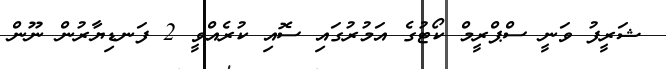
ޝަރީފު ވަނީ ސްޕްރީމް ކޯޓުގެ އަމުރުގައި ސޮއި ކުރެއްވީ 2 ފަނޑިޔާރުން ނޫން